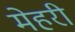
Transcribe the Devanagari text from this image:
मेहरी